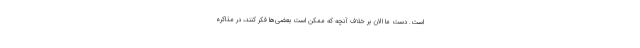
است. دست ما الان بر خلاف آنچه که ممکن است بعضی‌ها فکر کنند، در مذاکره